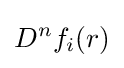
D^{n}f_{i}(r)